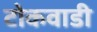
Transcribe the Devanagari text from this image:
टोकवाडी